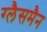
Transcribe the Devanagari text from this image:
ग्लैसमैन